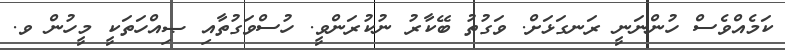
ކަމެއްވެސް ހުންނަނީ ރަނގަޅަށް. ވަގުތު ބޭކާރު ނުކުރަންވީ. ހުސްވަގުތާއި ޞިއްހަތަކީ މީހުން ވ.